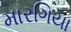
મારગિયા